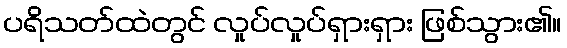
ပရိသတ်ထဲတွင် လှုပ်လှုပ်ရှားရှား ဖြစ်သွား၏။